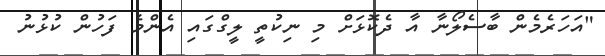
"އަހަރެމެން ބާސެލޯނާ އާ ދެކޮޅަށް މި ނިކުތީ ލީގްގައި އެންމެ ފަހުން ކުޅުނު